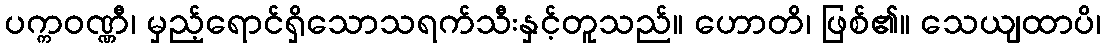
ပက္ကဝဏ္ဏီ၊ မှည့်ရောင်ရှိသောသရက်သီးနှင့်တူသည်။ ဟောတိ၊ ဖြစ်၏။ သေယျထာပိ၊